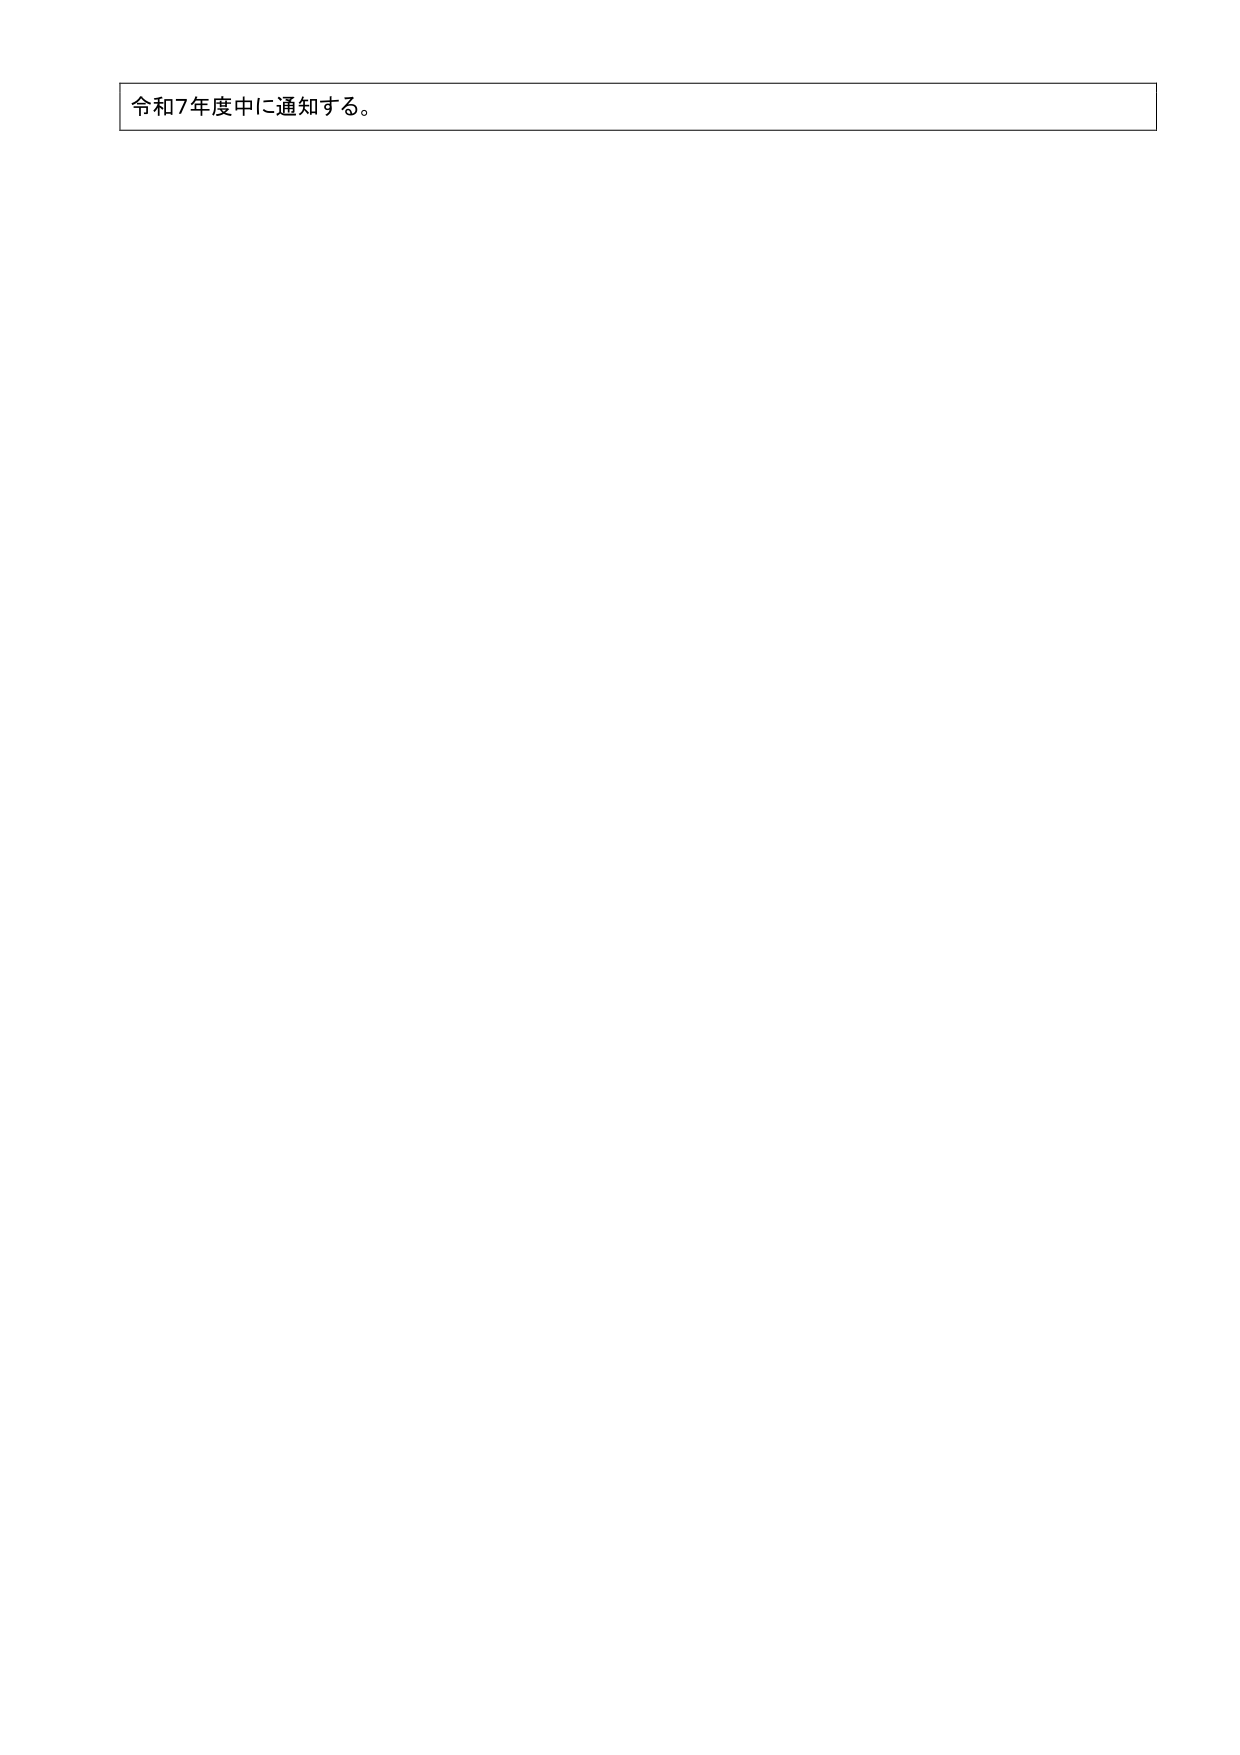
令和7年度中に通知する。